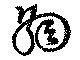
網